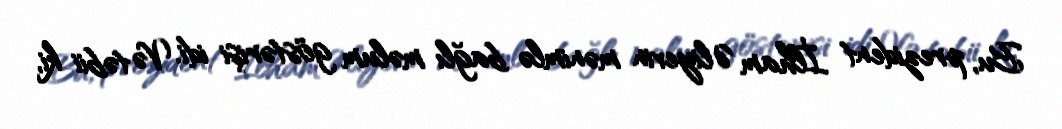
Bu, prezident İlham Əliyevin mənimlə bağlı məlum göstərişi idi. Və təbii ki,